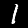
Label: 1